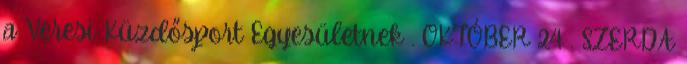
a Veresi Küzdősport Egyesületnek . OKTÓBER 24 . SZERDA